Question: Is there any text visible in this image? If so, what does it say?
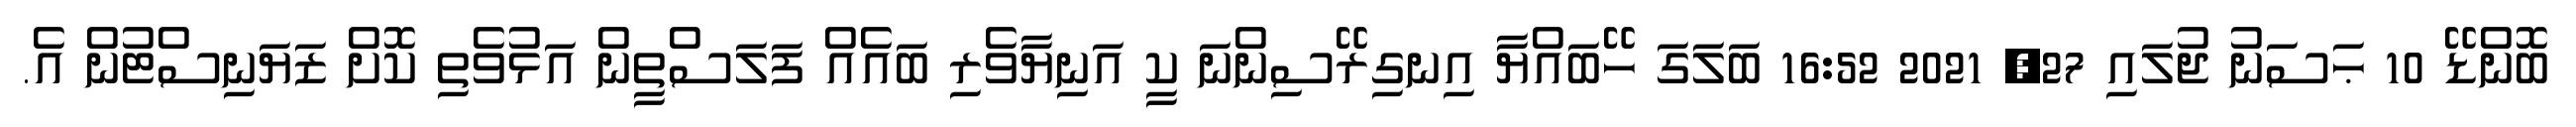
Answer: ބޮންޑޭ 10 ޙަސަނު ޖުލައި 27, 2021 16:52 ބަލަގަ ހޭބައްޔާ އިނގިރޭސިންނަ ކީ އަނިޔާވެރި ބައެއް ފަލަސްތީން އަޅުވެތި ކޮށް ޒަޔަނިސްޓުން އެ.